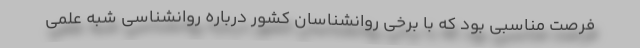
فرصت مناسبی بود که با برخی روانشناسان کشور درباره روانشناسی شبه علمی